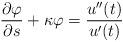
LaTeX: \begin{align*}\frac{\partial\varphi}{\partial s}+\kappa\varphi=\frac{u^{\prime\prime}(t)}{u^{\prime}(t)} \end{align*}